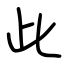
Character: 此